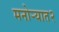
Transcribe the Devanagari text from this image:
मनोऱ्यात२